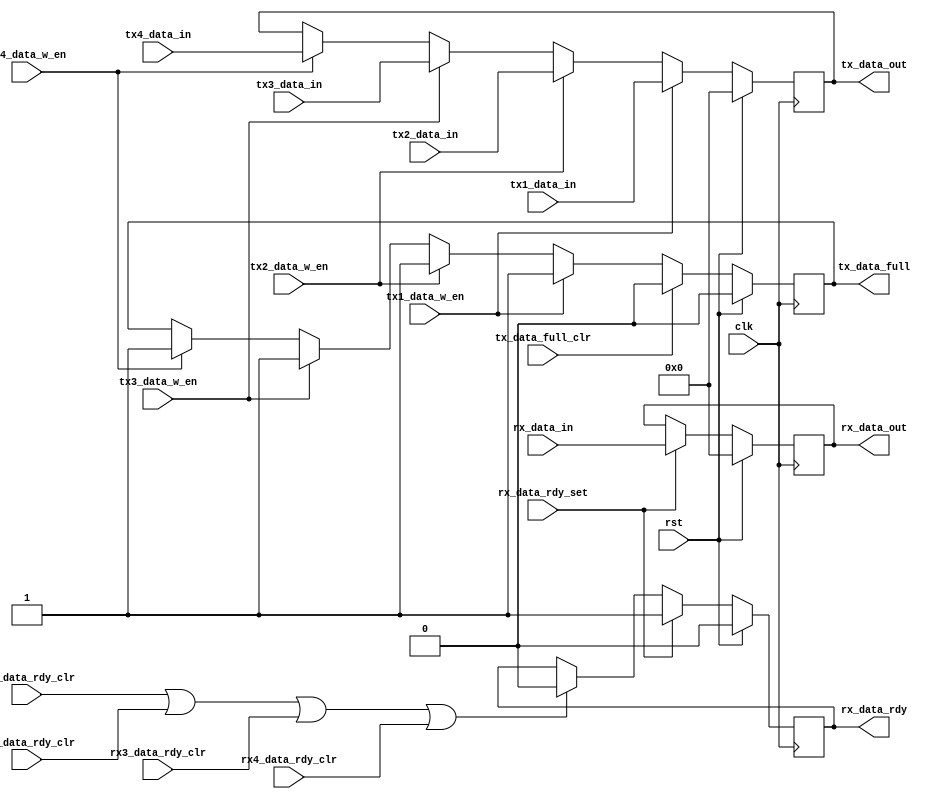
//////////////////////////////////////////////////////////////////////
////                                                              ////
//// spiTxRxData.v                                                ////
////                                                              ////
//// This file is part of the spiMaster opencores effort.
//// <http://www.opencores.org/cores//>                           ////
////                                                              ////
//// Module Description:                                          ////
////  Mux access to SPI RX and TX data
////
////
////
////                                                              ////
//// To Do:                                                       ////
////
////                                                              ////
//// Author(s):                                                   ////
//// - Steve Fielding, sfielding@base2designs.com                 ////
////                                                              ////
//////////////////////////////////////////////////////////////////////
////                                                              ////
//// Copyright (C) 2008 Steve Fielding and OPENCORES.ORG          ////
////                                                              ////
//// This source file may be used and distributed without         ////
//// restriction provided that this copyright statement is not    ////
//// removed from the file and that any derivative work contains  ////
//// the original copyright notice and the associated disclaimer. ////
////                                                              ////
//// This source file is free software; you can redistribute it   ////
//// and/or modify it under the terms of the GNU Lesser General   ////
//// Public License as published by the Free Software Foundation; ////
//// either version 2.1 of the License, or (at your option) any   ////
//// later version.                                               ////
////                                                              ////
//// This source is distributed in the hope that it will be       ////
//// useful, but WITHOUT ANY WARRANTY; without even the implied   ////
//// warranty of MERCHANTABILITY or FITNESS FOR A PARTICULAR      ////
//// PURPOSE. See the GNU Lesser General Public License for more  ////
//// details.                                                     ////
////                                                              ////
//// You should have received a copy of the GNU Lesser General    ////
//// Public License along with this source; if not, download it   ////
//// from <http://www.opencores.org/lgpl.shtml>                   ////
////                                                              ////
//////////////////////////////////////////////////////////////////////

module spi_tx_rx_data (
    input wire       clk,
    input wire       rst,
    input wire [7:0] tx1_data_in,
    input wire [7:0] tx2_data_in,
    input wire [7:0] tx3_data_in,
    input wire [7:0] tx4_data_in,
    input wire       tx1_data_w_en,
    input wire       tx2_data_w_en,
    input wire       tx3_data_w_en,
    input wire       tx4_data_w_en,
    input wire       tx_data_full_clr,
    input wire       rx1_data_rdy_clr,
    input wire       rx2_data_rdy_clr,
    input wire       rx3_data_rdy_clr,
    input wire       rx4_data_rdy_clr,
    input wire [7:0] rx_data_in,
    input wire       rx_data_rdy_set,

    output reg [7:0] tx_data_out,
    output reg       tx_data_full,
    output reg [7:0] rx_data_out,
    output reg       rx_data_rdy
);



// --- Transmit control
always @(posedge clk) begin
    if (rst == 1'b1) begin
        tx_data_out <= 8'h00;
        tx_data_full <= 1'b0;
    end
    else begin
        if (tx1_data_w_en == 1'b1) begin
            tx_data_out <= tx1_data_in;
            tx_data_full <= 1'b1;
        end
        else if (tx2_data_w_en == 1'b1) begin
            tx_data_out <= tx2_data_in;
            tx_data_full <= 1'b1;
        end
        else if (tx3_data_w_en == 1'b1) begin
            tx_data_out <= tx3_data_in;
            tx_data_full <= 1'b1;
        end
        else if (tx4_data_w_en == 1'b1) begin
            tx_data_out <= tx4_data_in;
            tx_data_full <= 1'b1;
        end
        if (tx_data_full_clr == 1'b1)
            tx_data_full <= 1'b0;
    end
end

// --- Receive control
always @(posedge clk) begin
    if (rst == 1'b1) begin
        rx_data_out <= 8'h00;
        rx_data_rdy <= 1'b0;
    end
    else begin
        if (rx1_data_rdy_clr == 1'b1 || rx2_data_rdy_clr == 1'b1 || rx3_data_rdy_clr == 1'b1 || rx4_data_rdy_clr == 1'b1) begin
            rx_data_rdy <= 1'b0;
        end
        if (rx_data_rdy_set == 1'b1) begin
            rx_data_rdy <= 1'b1;
            rx_data_out <= rx_data_in;
        end
    end
end

endmodule